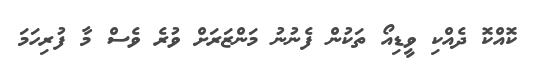
ކޮއްކޮ ދެއްކި ވީޑިއޯ ތަކުން ފެނުނު މަންޒަރަށް ވުރެ ވެސް މާ ފުރިހަމަ